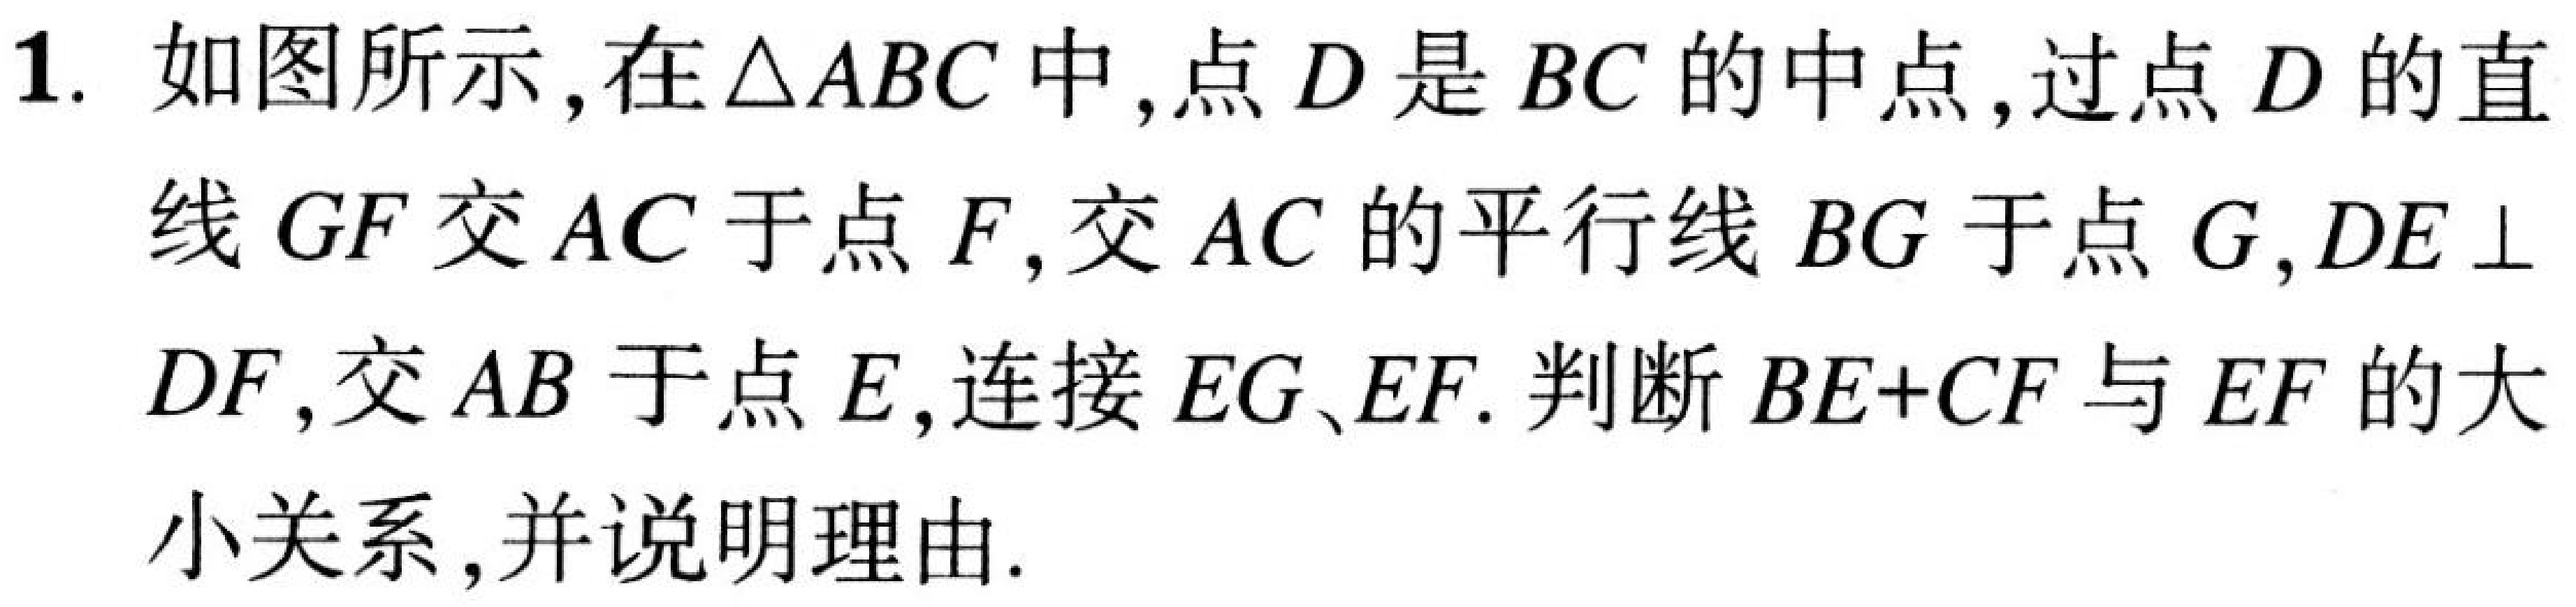
1. 如图所示，在\(\triangle ABC\)中，点\(D\)是\(BC\)的中点，过点\(D\)的直
线\(GF\)交\(AC\)于点\(F\)，交\(AC\)的平行线\(BG\)于点\(G\)，\(DE\perp\)
\(DF\)，交\(AB\)于点\(E\)，连接\(EG、EF\). 判断\(BE + CF\)与\(EF\)的大
小关系，并说明理由.